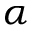
\alpha